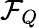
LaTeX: \mathcal{F}_{Q}